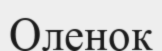
Оленок